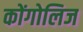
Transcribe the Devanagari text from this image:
कोंगोलिज